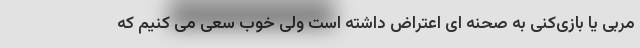
مربی یا بازی‌کنی به صحنه ای اعتراض داشته است ولی خوب سعی می کنیم که